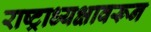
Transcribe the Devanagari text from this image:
राष्ट्राध्यक्षावरून